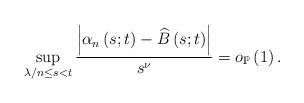
LaTeX: \begin{align*}\sup_{\lambda/n\leq s<t}\frac{\left\vert \alpha_{n}\left( s;t\right)-\widehat{B}\left( s;t\right) \right\vert }{s^{\nu}}=o_{\mathbb{P}}\left(1\right) .\end{align*}